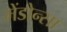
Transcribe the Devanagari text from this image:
मेंडोन्सा